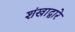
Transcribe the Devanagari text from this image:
शंखाद्वारे